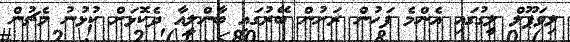
ލިވަޕޫލް ލީގުގައި އެންމެ ފަހުން ރަށުން ބޭރުގައި ބާންލީއާ ދެކޮޅަށް ކުޅުނު މެޗުން